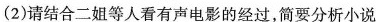
(2)请结合二姐等人看有声电影的经过，简要分析小说